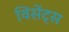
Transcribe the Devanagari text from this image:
विंसेंट्स